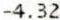
-4.32